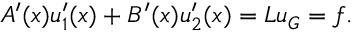
A ^ { \prime } ( x ) u _ { 1 } ^ { \prime } ( x ) + B ^ { \prime } ( x ) u _ { 2 } ^ { \prime } ( x ) = L u _ { G } = f .